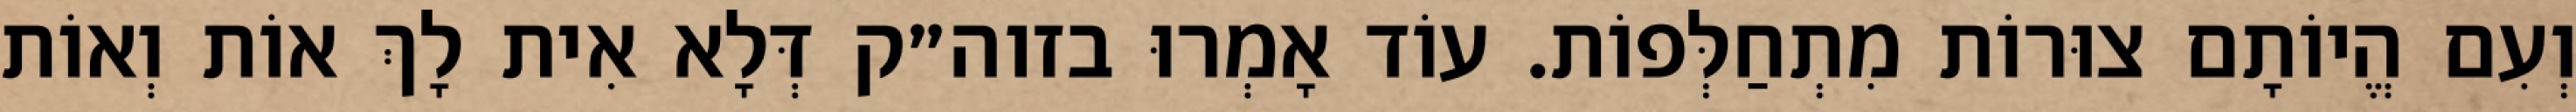
וְעִם הֱיוֹתָם צוּרוֹת מִתְחַלְּפוֹת. עוֹד אָמְרוּ בזוה״ק דְּלָא אִית לָךְ אוֹת וְאוֹת